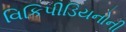
વિકિપીડિયનોની